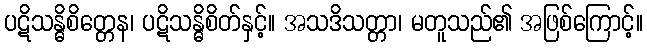
ပဋိသန္ဓိစိတ္တေန၊ ပဋိသန္ဓိစိတ်နှင့်။ အသဒိသတ္တာ၊ မတူသည်၏ အဖြစ်ကြောင့်။